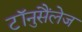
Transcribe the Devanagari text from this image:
टॉनुसैंलेज